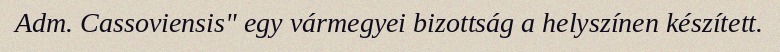
Adm. Cassoviensis" egy vármegyei bizottság a helyszínen készített.